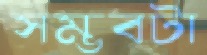
সম্ভবটা